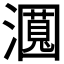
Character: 𬉛